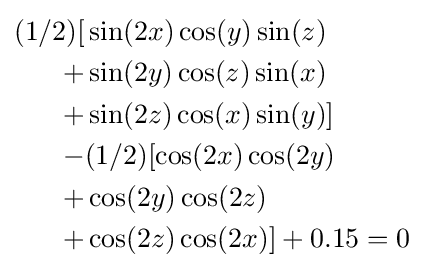
{\begin{aligned}(1/2)[&\sin(2x)\cos(y)\sin(z)\\+&\sin(2y)\cos(z)\sin(x)\\+&\sin(2z)\cos(x)\sin(y)]\\-&(1/2)[\cos(2x)\cos(2y)\\+&\cos(2y)\cos(2z)\\+&\cos(2z)\cos(2x)]+0.15=0\end{aligned}}